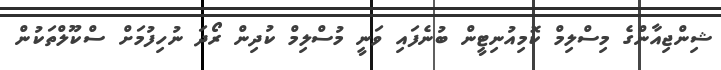
ޝިންޖިއާންގެ މިސްލިމް ކޮމިއުނިޓީން ބުނެފައި ވަނީ މުސްލިމް ކުދިން ރޯދަ ނުހިފުމަށް ސްކޫލްތަކުން